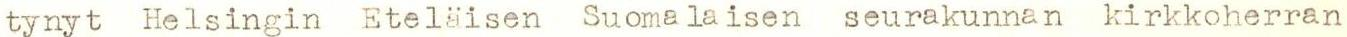
tynyt Helsingin Eteläisen Suomalaisen seurakunnan kirkkoherran